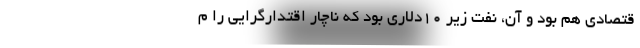
قتصادی هم بود و آن، نفت زیر ۱۰دلاری بود که ناچار اقتدارگرایی را م